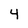
Character: 4